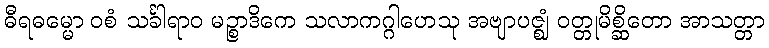
ဓီရဓမ္မော ဝစံ သင်္ခါရာဝ မဉ္စာဒိကေ သလာကဂ္ဂါဟေသု အဗျာပဇ္ဈံ ဝတ္တုမိစ္ဆိတော အာသတ္တာ